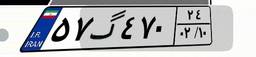
۵۷گ۴۷۰۲۴